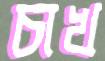
চাখ